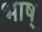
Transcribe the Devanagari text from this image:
भाष्